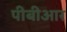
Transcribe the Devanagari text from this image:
पीबीआर